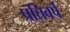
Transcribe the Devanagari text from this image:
प्रतिवर्ष